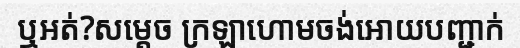
ឬអត់?សម្តេច ក្រឡាហោមចង់អោយបញ្ជាក់